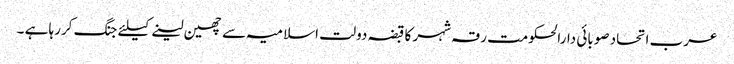
عرب اتحاد صوبائی دارالحکومت رقہ شہر کا قبضہ دولت اسلامیہ سے چھین لینے کیلئے جنگ کررہا ہے ۔